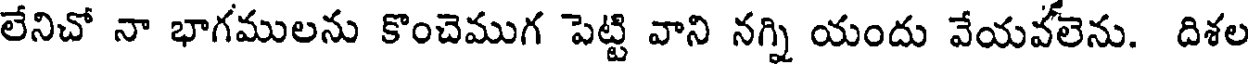
లేనిచో నా భాగములను కొంచెముగ పెట్టి వాని నగ్ని యందు వేయవలెను. దిశల